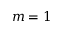
m = 1